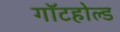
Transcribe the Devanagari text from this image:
गॉटहोल्ड